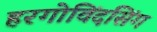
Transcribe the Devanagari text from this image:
हरगोविंदसिंग